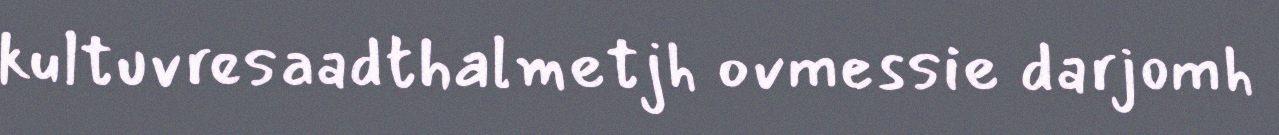
kultuvresaadthalmetjh ovmessie darjomh